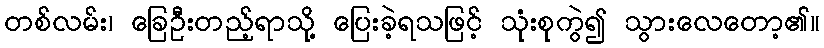
တစ်လမ်း၊ ခြေဦးတည့်ရာသို့ ပြေးခဲ့ရသဖြင့် သုံးစုကွဲ၍ သွားလေတော့၏။